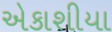
એકાશીયા